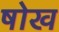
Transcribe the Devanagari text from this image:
षोख